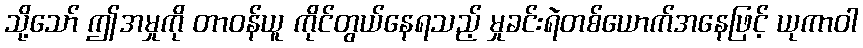
သို့သော် ဤအမှုကို တာဝန်ယူ ကိုင်တွယ်နေရသည့် မှုခင်းရဲတစ်ယောက်အနေဖြင့် ယုကာဝါ